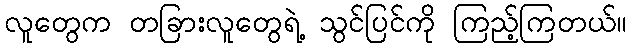
လူတွေက တခြားလူတွေရဲ့ သွင်ပြင်ကို ကြည့်ကြတယ်။